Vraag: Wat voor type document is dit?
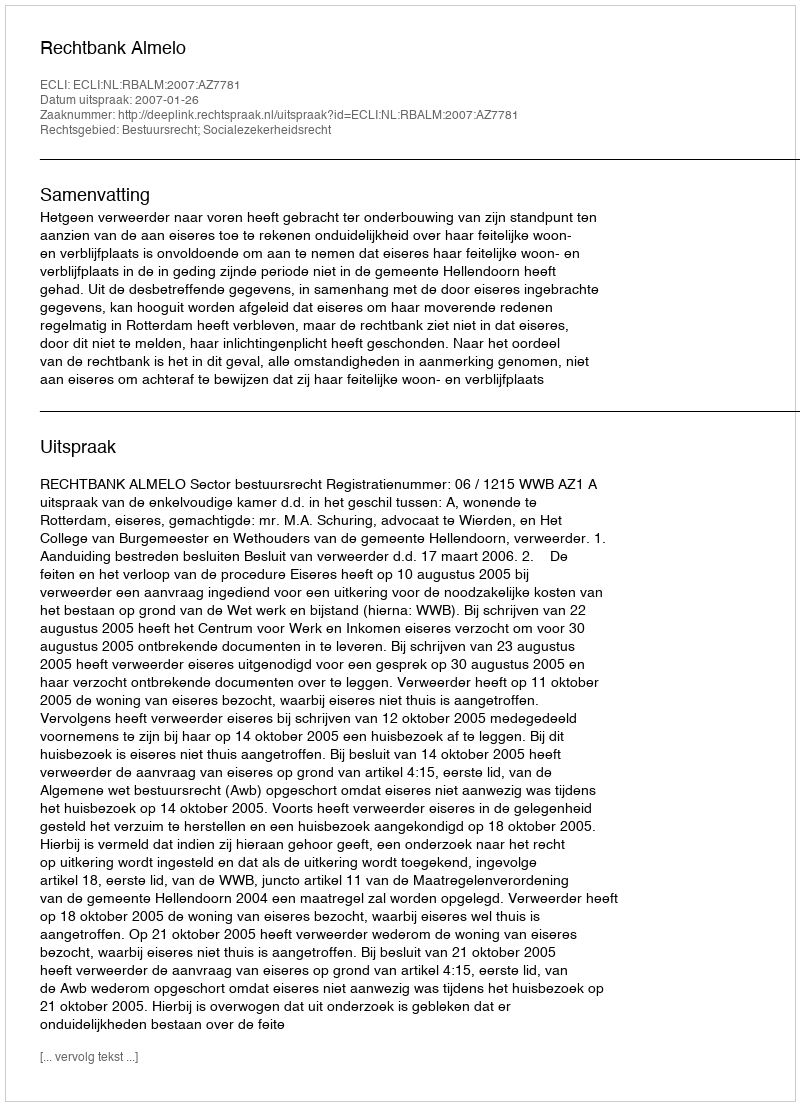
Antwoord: Uitspraak